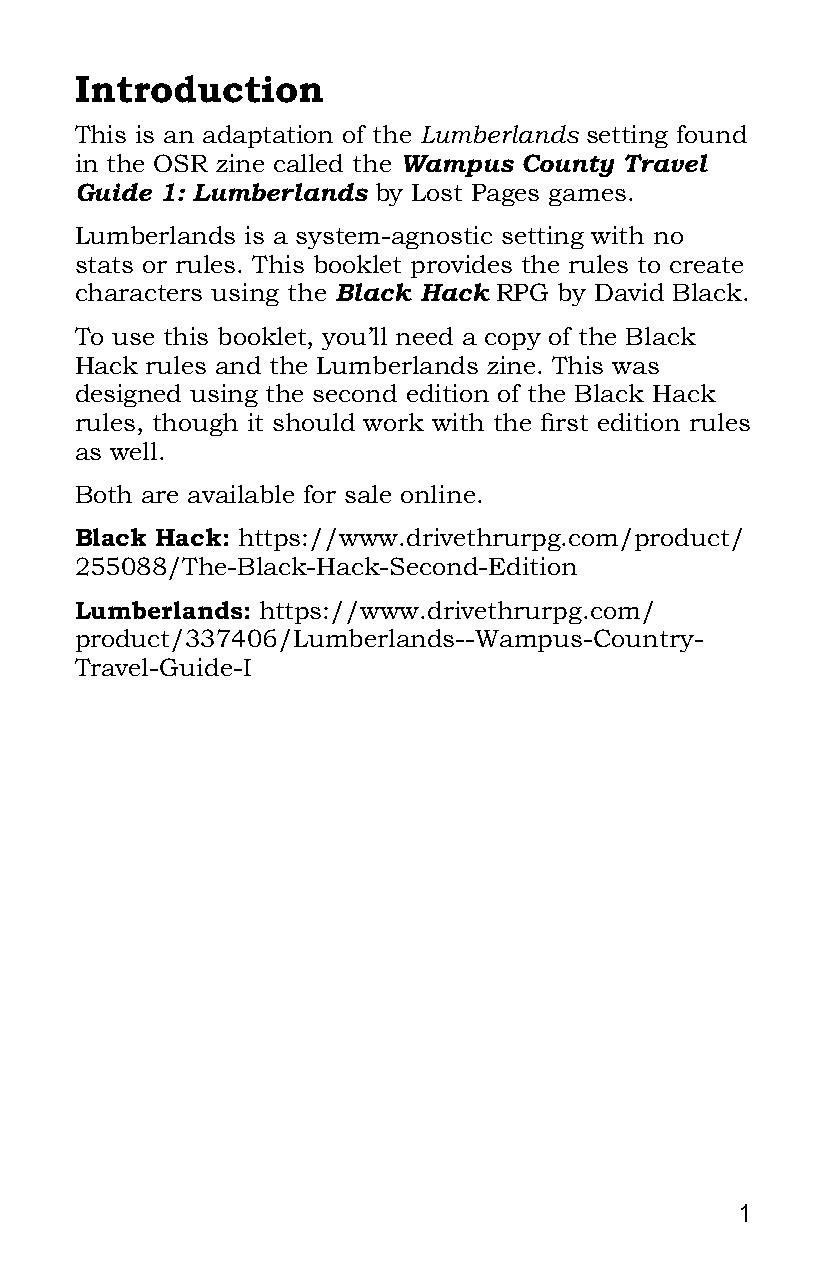
Introduction
 This is an adaptation of the Lumberlands setting found
 in the OSR zine called the Wampus County Travel
 Guide 1: Lumberlands by Lost Pages games.
 Lumberlands is a system-agnostic setting with no
 stats or rules. This booklet provides the rules to create
 characters using the Black Hack RPG by David Black.
 To use this booklet, you’ll need a copy of the Black
 Hack rules and the Lumberlands zine. This was
 designed using the second edition of the Black Hack
 rules, though it should work with the first edition rules
 as well.
 Both are available for sale online.
 Black Hack: https://www.drivethrurpg.com/product/
 255088/The-Black-Hack-Second-Edition
 Lumberlands: https://www.drivethrurpg.com/
 product/337406/Lumberlands--Wampus-Country-
 Travel-Guide-I
 1